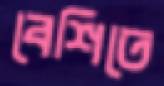
বেশিতে